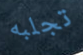
تجلبه